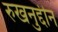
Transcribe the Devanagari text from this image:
रुखनुद्दीन